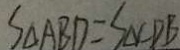
S _ { \Delta A B D } = S _ { \Delta } C D B